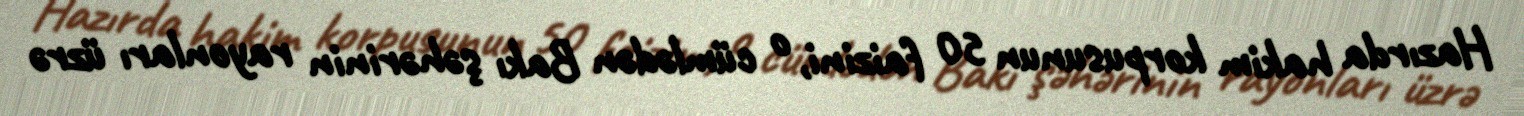
Hazırda hakim korpusunun 50 faizini, o cümlədən Bakı şəhərinin rayonları üzrə